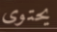
يحتوى